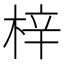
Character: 梓